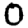
Digit: 0